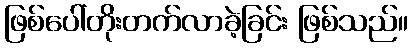
ဖြစ်ပေါ်တိုးတက်လာခဲ့ခြင်း ဖြစ်သည်။